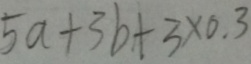
5 a + 3 b + 3 \times 0 . 3